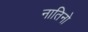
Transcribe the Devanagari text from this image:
नातिनो